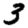
Digit: 3